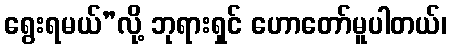
ရွေးရမယ်”လို့ ဘုရားရှင် ဟောတော်မူပါတယ်၊